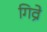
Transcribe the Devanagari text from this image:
गिव्रे